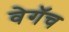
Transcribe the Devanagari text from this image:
वेगॅच